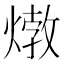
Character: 𤍗